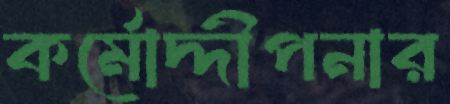
কর্মোদ্দীপনার